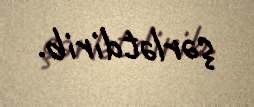
şərlətdirib.